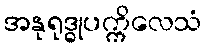
အနုရုဒ္ဓုပက္ကိလေသံ